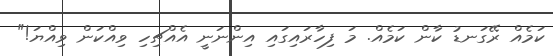
ކަމެއް ރޭގަނޑު ކާން ކަމެއް. މަ ފިހާރައިގައި އިންނަނީ އެއްޗިހި ވިއްކަން ވިއްޔަ!"